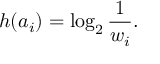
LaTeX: h ( a _ { i } ) = \log _ { 2 } { \frac { 1 } { w _ { i } } } .